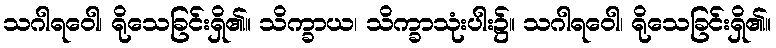
သဂါရဝေါ၊ ရိုသေခြင်းရှိ၏။ သိက္ခာယ၊ သိက္ခာသုံးပါး၌။ သဂါရဝေါ၊ ရိုသေခြင်းရှိ၏။